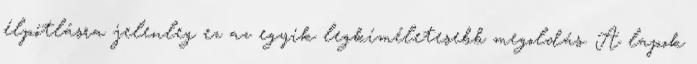
élpótlásra jelenleg ez az egyik legkíméletesebb megoldás. A lapok